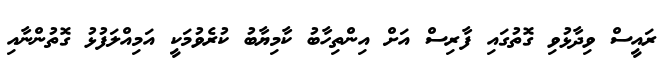
ރައީސް ވިދާޅުވި ގޮތުގައި ފާރިސް އަށް އިންތިހާބު ކާމިޔާބު ކުރެވުމަކީ އަމިއްލަފުޅު ގޮތުންނާއި